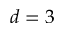
d = 3